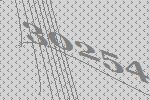
30254